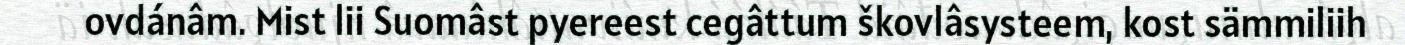
ovdánâm. Mist lii Suomâst pyereest cegâttum škovlâsysteem, kost sämmiliih